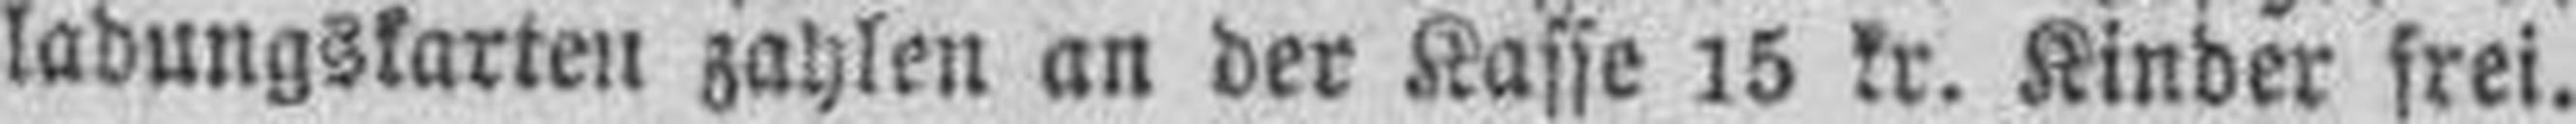
ladungskarten zahlen an der Kasse 15 kr. Kinder frei.